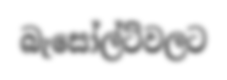
බැසෝල්ට්වලට